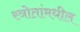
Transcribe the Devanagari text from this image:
स्त्रोतांमधील